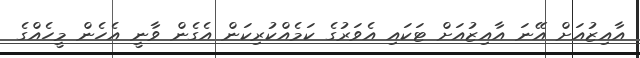
އާއިޒުއަށް އޭނަ އާއިޒުއަށް ޓަކައި އެވަރުގެ ކަމެއްކުރިކަން އެގެން ވާނީ އެހެން މީހެއްގެ